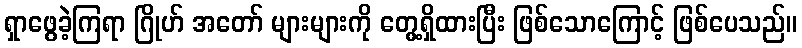
ရှာဖွေခဲ့ကြရာ ဂြိုဟ် အတော် များများကို တွေ့ရှိထားပြီး ဖြစ်သောကြောင့် ဖြစ်ပေသည်။